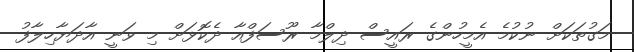
މަގުތަކަށް ނުކުމެ އެމީހުންގެ ރައީސް ދިލްމާ ރޫސަފްއާ ދެކޮޅަށް މި ވަނީ އާދަޔާހިލާފު